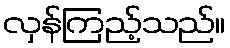
လှန်ကြည့်သည်။